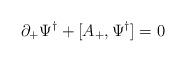
LaTeX: \begin{align*}\partial_+{ \Psi^\dagger} +[A_+ , { \Psi^\dagger}] =0\end{align*}